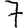
Digit: 7